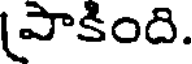
పాకింది.